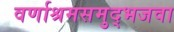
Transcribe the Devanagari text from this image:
वर्णाश्रमसमुद्भजवा